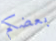
بعضكم